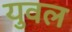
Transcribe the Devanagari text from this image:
युवल